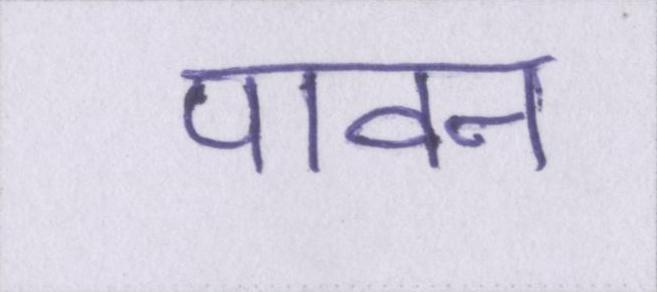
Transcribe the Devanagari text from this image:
पावन